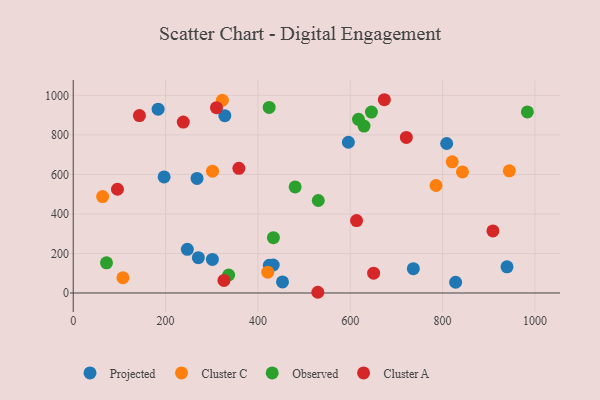
{"axis": {"x": "Speed", "y": "Demand"}, "legend": ["Cluster A", "Cluster C", "Observed", "Projected"], "data": [{"x": "596.0", "y": 762.6, "type": "Projected"}, {"x": "196.9", "y": 587.3, "type": "Projected"}, {"x": "424.8", "y": 140.4, "type": "Projected"}, {"x": "183.9", "y": 929.8, "type": "Projected"}, {"x": "268.2", "y": 579.4, "type": "Projected"}, {"x": "301.5", "y": 169.6, "type": "Projected"}, {"x": "328.4", "y": 897.1, "type": "Projected"}, {"x": "433.2", "y": 141.6, "type": "Projected"}, {"x": "939.6", "y": 132.6, "type": "Projected"}, {"x": "453.3", "y": 56.2, "type": "Projected"}, {"x": "736.7", "y": 123.0, "type": "Projected"}, {"x": "828.3", "y": 54.3, "type": "Projected"}, {"x": "271.0", "y": 178.6, "type": "Projected"}, {"x": "808.9", "y": 756.2, "type": "Projected"}, {"x": "247.2", "y": 220.7, "type": "Projected"}, {"x": "843.1", "y": 612.7, "type": "Cluster C"}, {"x": "63.7", "y": 487.6, "type": "Cluster C"}, {"x": "421.4", "y": 105.4, "type": "Cluster C"}, {"x": "785.9", "y": 543.9, "type": "Cluster C"}, {"x": "301.7", "y": 616.4, "type": "Cluster C"}, {"x": "944.6", "y": 618.3, "type": "Cluster C"}, {"x": "820.9", "y": 663.7, "type": "Cluster C"}, {"x": "107.7", "y": 77.1, "type": "Cluster C"}, {"x": "323.0", "y": 975.1, "type": "Cluster C"}, {"x": "424.4", "y": 938.7, "type": "Observed"}, {"x": "645.9", "y": 915.5, "type": "Observed"}, {"x": "480.7", "y": 536.6, "type": "Observed"}, {"x": "983.7", "y": 916.3, "type": "Observed"}, {"x": "336.7", "y": 91.1, "type": "Observed"}, {"x": "72.1", "y": 152.5, "type": "Observed"}, {"x": "629.9", "y": 844.7, "type": "Observed"}, {"x": "433.6", "y": 280.0, "type": "Observed"}, {"x": "617.9", "y": 878.6, "type": "Observed"}, {"x": "530.8", "y": 468.0, "type": "Observed"}, {"x": "310.3", "y": 937.7, "type": "Cluster A"}, {"x": "326.5", "y": 63.7, "type": "Cluster A"}, {"x": "721.5", "y": 786.9, "type": "Cluster A"}, {"x": "238.4", "y": 864.5, "type": "Cluster A"}, {"x": "673.9", "y": 977.8, "type": "Cluster A"}, {"x": "909.1", "y": 314.2, "type": "Cluster A"}, {"x": "613.7", "y": 366.6, "type": "Cluster A"}, {"x": "650.7", "y": 100.1, "type": "Cluster A"}, {"x": "95.8", "y": 524.8, "type": "Cluster A"}, {"x": "143.4", "y": 897.8, "type": "Cluster A"}, {"x": "529.8", "y": 3.6, "type": "Cluster A"}, {"x": "358.8", "y": 630.5, "type": "Cluster A"}]}